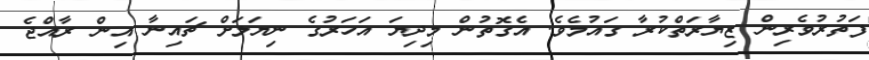
ފަތުރުވެރިން ޒިޔާރަތްކުރާ ގައުމެވެ. އެގޮތުން މިދިޔަ އަހަރުގެ ނިޔަލަށް ޗައިނާ އިން ރާއްޖެ